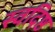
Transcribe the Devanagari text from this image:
स्वदिष्ठ